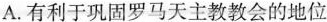
A. 有利于巩固罗马天主教教会的地位